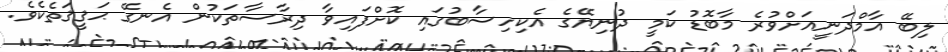
ލިބޭ އާމްދަނީއަށްވުރެ މާބޮޑު ކަމީ ދުނިޔޭގެ އެކިހިސާބުގައި ކޮށްފައިވާ ދިރާސާތަކުން އެނގޭ ޙަޤީޤަތެކެވެ.